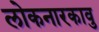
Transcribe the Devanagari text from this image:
लोकनारकावु